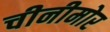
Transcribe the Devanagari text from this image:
चीनीमोर